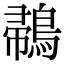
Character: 𪂪